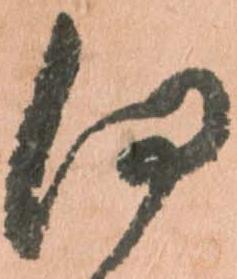
何